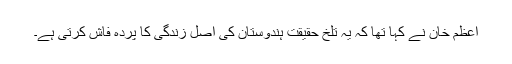
اعظم خان نے کہا تھا کہ یہ تلخ حقیقت ہندوستان کی اصل زندگی کا پردہ فاش کرتی ہے۔